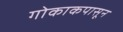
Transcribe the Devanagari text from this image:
गोकाकपासून